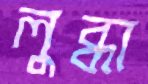
লুব্ধা